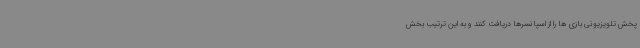
پخش تلویزیونی بازی ها را از اسپانسرها دریافت کنند و به این ترتیب بخش